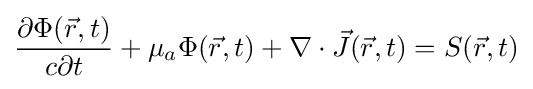
{\frac {\partial \Phi ({\vec {r}},t)}{c\partial t}}+\mu _{a}\Phi ({\vec {r}},t)+\nabla \cdot {\vec {J}}({\vec {r}},t)=S({\vec {r}},t)